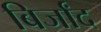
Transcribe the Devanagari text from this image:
बिर्जांद